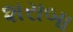
શરાબા